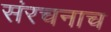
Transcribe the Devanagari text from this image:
संरचनाच